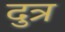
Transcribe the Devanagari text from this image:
दुत्र